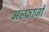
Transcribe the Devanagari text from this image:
अल्फाजों